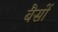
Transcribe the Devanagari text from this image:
बैसों